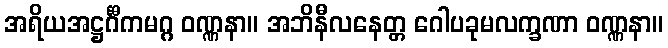
အရိယအဋ္ဌင်္ဂီကမဂ္ဂ ဝဏ္ဏနာ။ အဘိနီလနေတ္တ ဂေါပခုမလက္ခဏာ ဝဏ္ဏနာ။